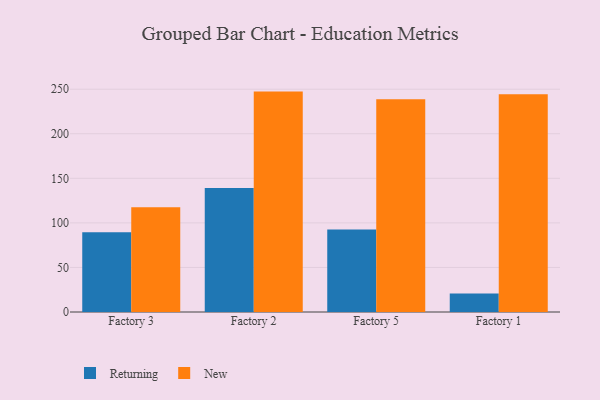
{"axis": {"x": "Factory", "y": "Energy Usage (MWh)"}, "legend": ["New", "Returning"], "data": [{"x": "Factory 3", "y": 89.4, "type": "Returning"}, {"x": "Factory 3", "y": 117.6, "type": "New"}, {"x": "Factory 2", "y": 139.1, "type": "Returning"}, {"x": "Factory 2", "y": 247.3, "type": "New"}, {"x": "Factory 5", "y": 92.6, "type": "Returning"}, {"x": "Factory 5", "y": 238.7, "type": "New"}, {"x": "Factory 1", "y": 20.8, "type": "Returning"}, {"x": "Factory 1", "y": 244.3, "type": "New"}]}